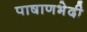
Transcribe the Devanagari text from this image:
पाषाणभेदी